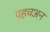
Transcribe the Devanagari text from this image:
पहचअन